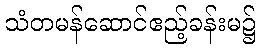
သံတမန်ဆောင်ဧည့်ခန်းမ၌